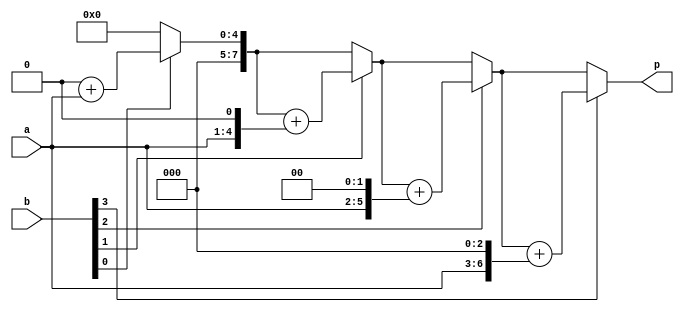
`timescale 1ns / 1ps
//////////////////////////////////////////////////////////////////////////////////
// Company: 
// Engineer: 
// 
// Design Name: 
// Module Name: mult4
// Project Name: 
// Target Devices: 
// Tool Versions: 
// Description: 
// 
// Dependencies: 
// 
// Revision:
// Revision 0.01 - File Created
// Additional Comments:
// 
//////////////////////////////////////////////////////////////////////////////////


module mult4(
    input [3:0] a,
    input [3:0] b,
    output reg [7:0] p
    );
    reg[7:0]pv;
    reg[7:0]ap;
    always@(*)
        begin
        pv=8'b00000000;
        ap={4'b0000,a};
        if(b[0]==1)
            pv=pv+ap;
        ap={ap[6:0],1'b0};
        if(b[1]==1)
            pv=pv+ap;
        ap={ap[6:0],1'b0};
        if(b[2]==1)
            pv=pv+ap;
        ap={ap[6:0],1'b0};
        if(b[3]==1)
            pv=pv+ap;
        ap={ap[6:0],1'b0};
        p=pv;
        end;
endmodule